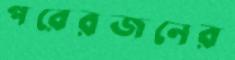
পরেরজনের